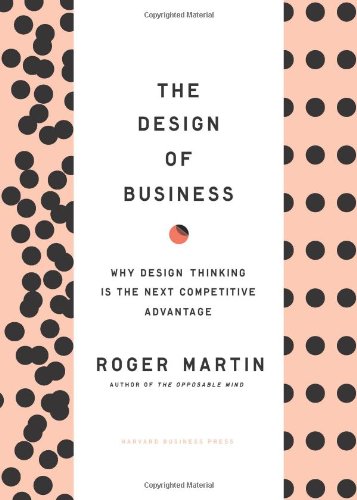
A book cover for The Design of Business: Why Design Thinking is the Next Competitive Advantage; Roger L. Martin; Business & Money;